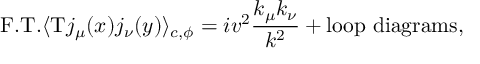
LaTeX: \mathrm { F . T . } \langle \mathrm { T } j _ { \mu } ( x ) j _ { \nu } ( y ) \rangle _ { c , \phi } = i v ^ { 2 } { \frac { k _ { \mu } k _ { \nu } } { k ^ { 2 } } } + \mathrm { l o o p ~ d i a g r a m s } ,